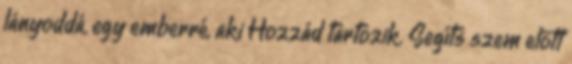
lányoddá, egy emberré, aki Hozzád tartozik. Segíts szem előtt